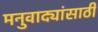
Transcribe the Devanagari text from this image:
मनुवाद्यांसाठी